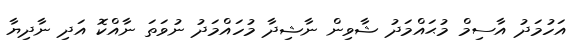
އަހުމަދު އާސިމް މުޙައްމަދު ޝާވިން ނާޝިދާ މުހައްމަދު ނުވަތަ ނާއްކޮ އަދި ނާދިޔާ